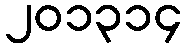
၂၀၁၃၁၄